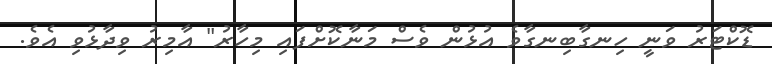
ޑޮކްޓަރު ވަނީ ހިނގާބިނގާވެ އުޅުން ވެސް މަނާކޮށްފައި މިހާރު" އާމިރު ވިދާޅުވި އެވެ.